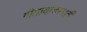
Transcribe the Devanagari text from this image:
गीतावाचस्पती